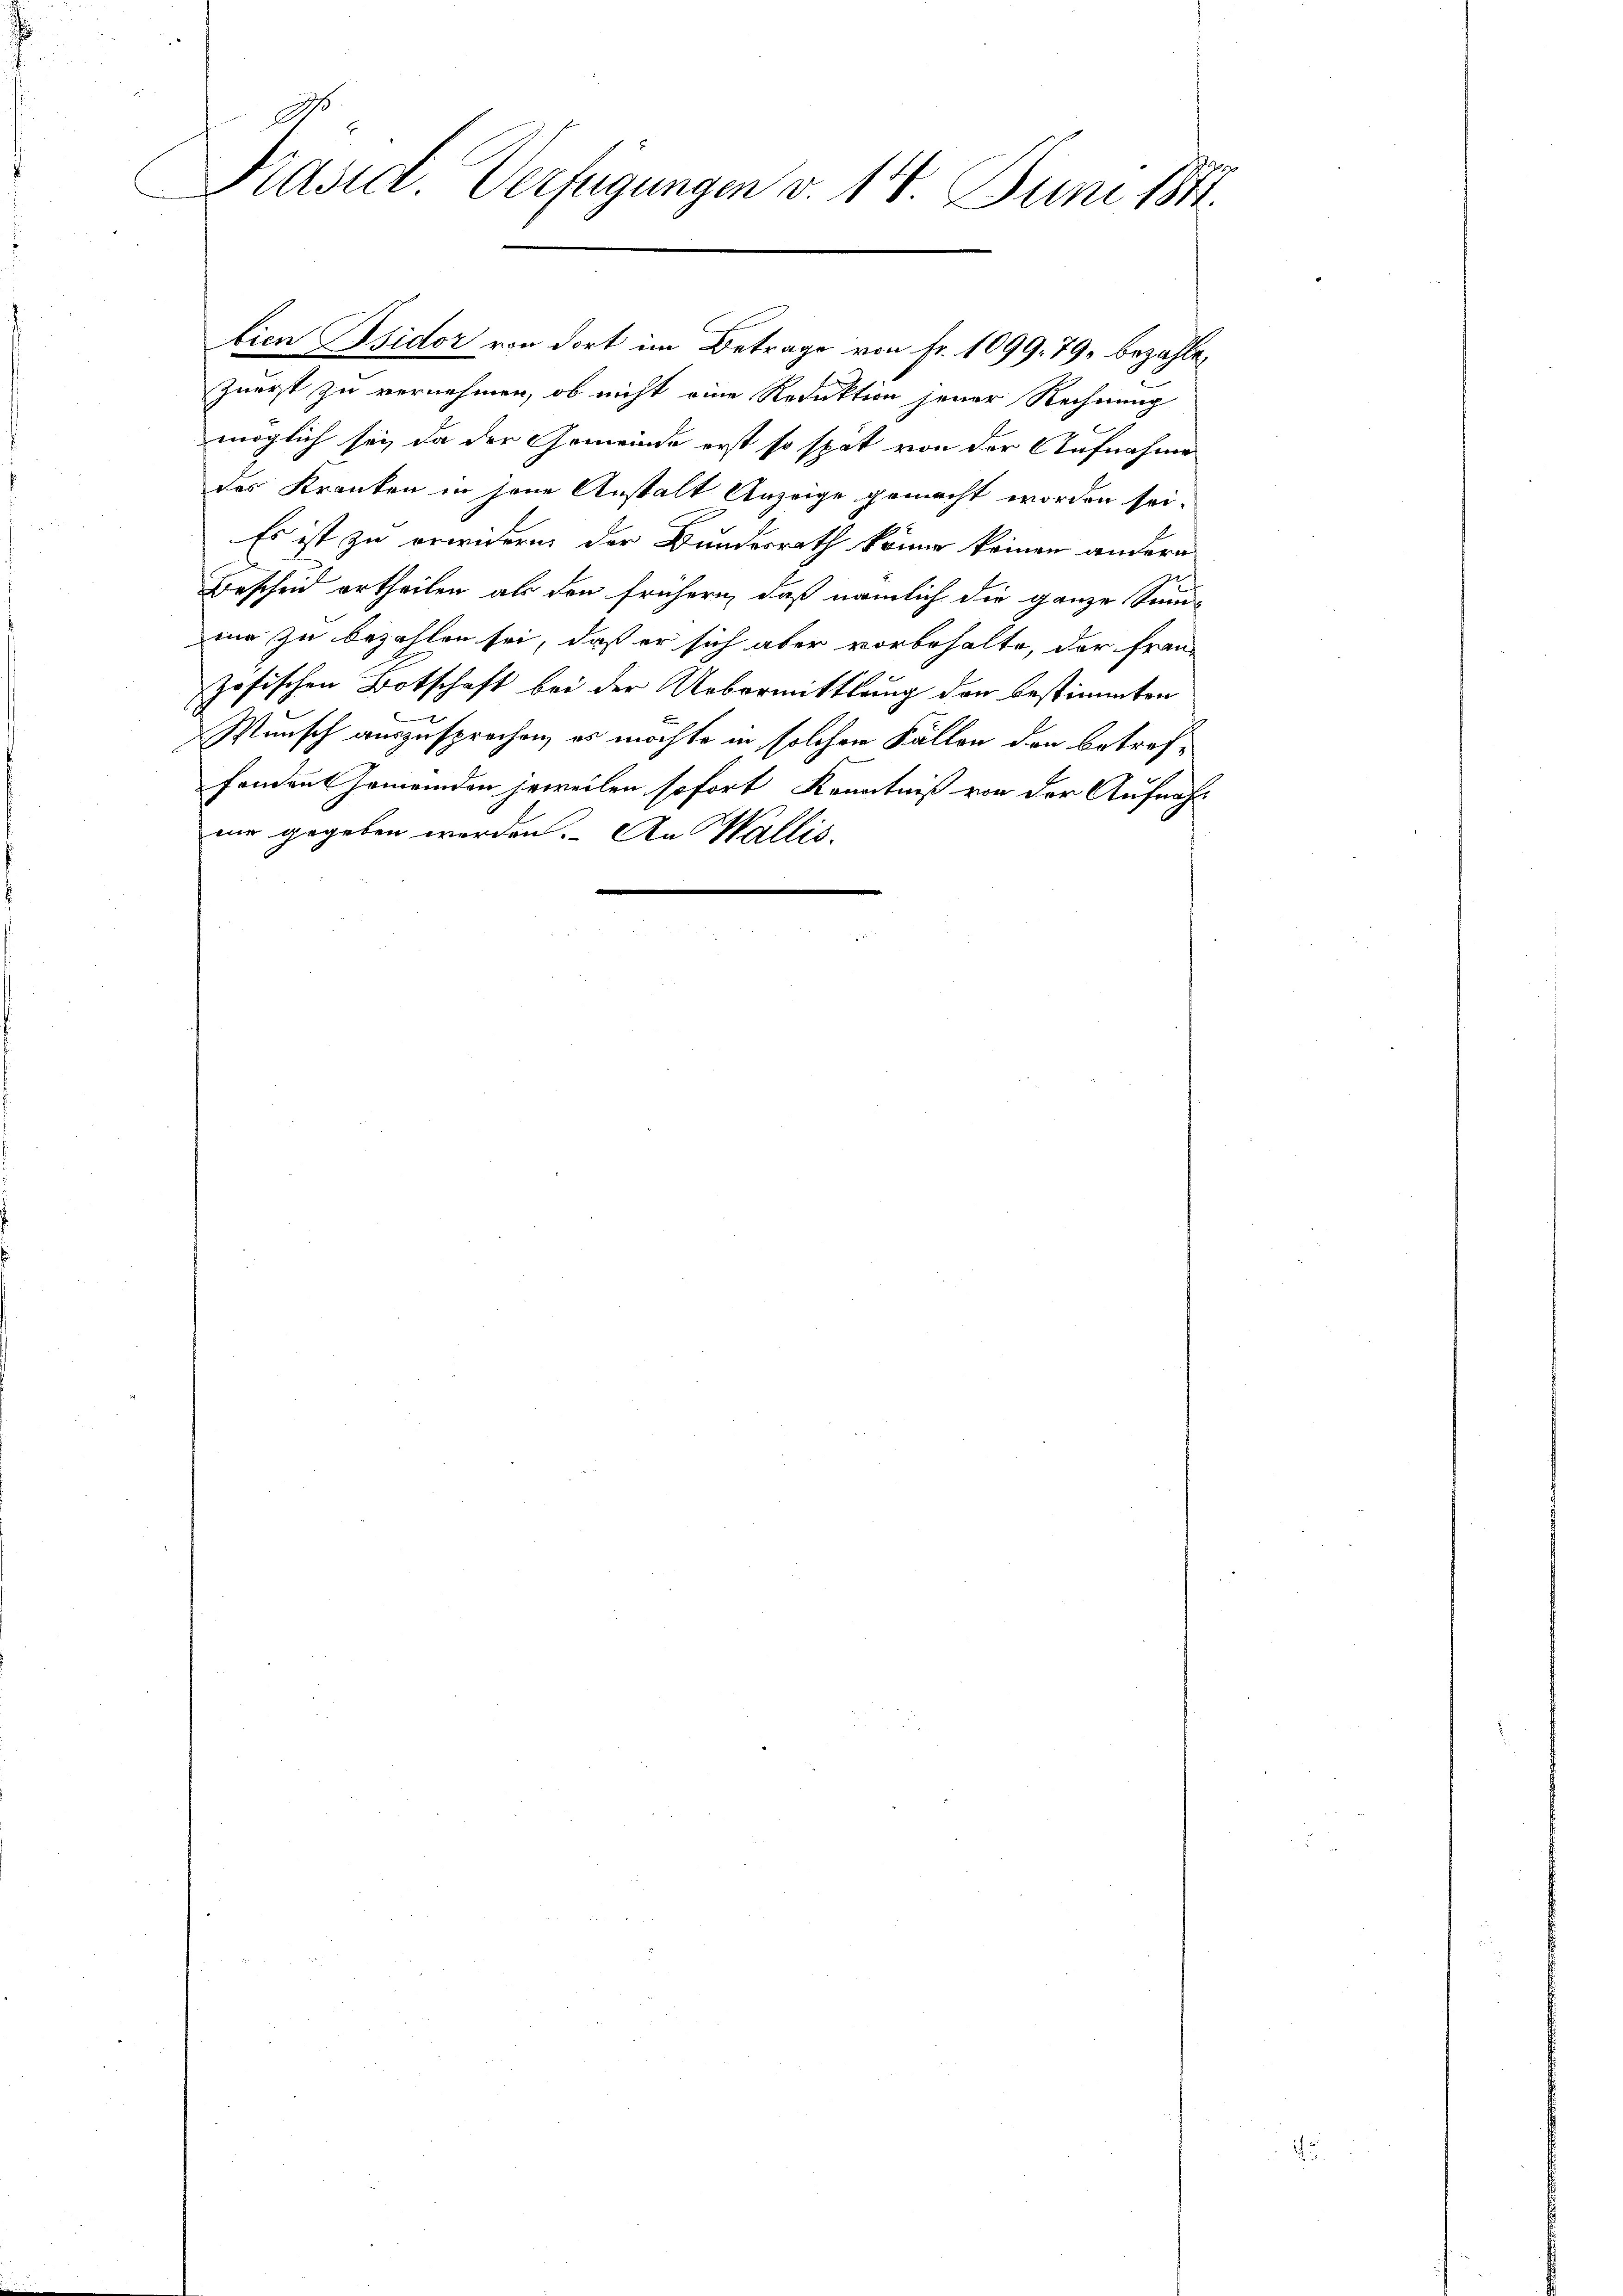
Präsid. Verfügungen v. 14. Juni 184

bien Bsidor von dort im Betrage von Fr. 1099. 79, bezahlezuerst zu vernehmen, ob nicht eine Reduktion jener Rechnung
möglich sei, da der Gemeinde erst so spät von der Aufnahme
des Kranken in jene Anstalt Anzeige gemacht worden sei.
Es ist zu erwidern der Bundesrath könne keinen andern
Bescheid ertheilen als den frühern, daß nämlich die ganze Sum-
me zu bezahlen sei, daß er sich aber vorbehalte, der französischen Botschaft bei der Uebermittlung den bestimmten
Punsch auszusprechen, es möchte in solchen Fällen den betroffondant Gemeinden jeweilen sofort, Kenntniß von der Aufnahmir gegeben werden. An Wallis.